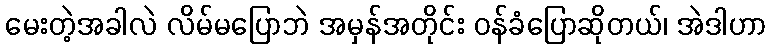
မေးတဲ့အခါလဲ လိမ်မပြောဘဲ အမှန်အတိုင်း ဝန်ခံပြောဆိုတယ်၊ အဲဒါဟာ